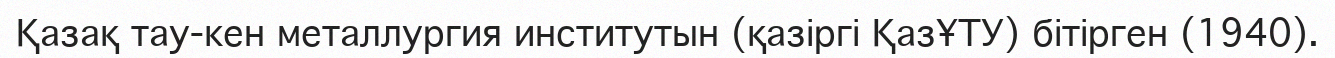
Қазақ тау-кен металлургия институтын (қазіргі ҚазҰТУ) бітірген (1940).